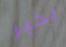
بخير